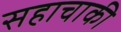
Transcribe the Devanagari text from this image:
सहाचाकी